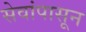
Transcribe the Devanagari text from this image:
सेवांपासून